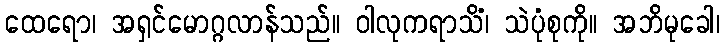
ထေရော၊ အရှင်မောဂ္ဂလာန်သည်။ ဝါလုကရာသိံ၊ သဲပုံစုကို။ အဘိမုခေါ၊